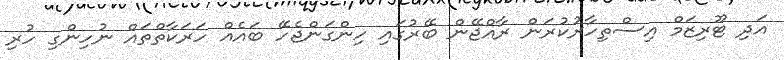
އަދި ޓޫރިޒަމް އިސްތިހާރުކުރަން ރާއްޖޭން ބޭރުގައި ހިންގަންޖެހޭ ބައެއް ހަރަކާތްތައް ނުހިންގި ހުރި